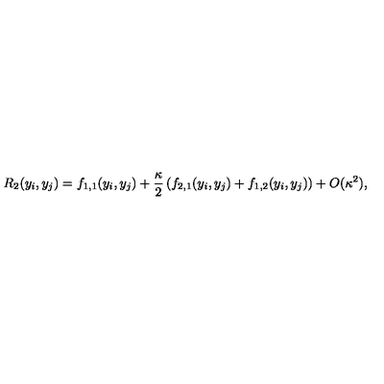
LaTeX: R _ { 2 } ( y _ { i } , y _ { j } ) = f _ { 1 , 1 } ( y _ { i } , y _ { j } ) + { \frac { \kappa } { 2 } } \left( f _ { 2 , 1 } ( y _ { i } , y _ { j } ) + f _ { 1 , 2 } ( y _ { i } , y _ { j } ) \right) + O ( \kappa ^ { 2 } ) ,